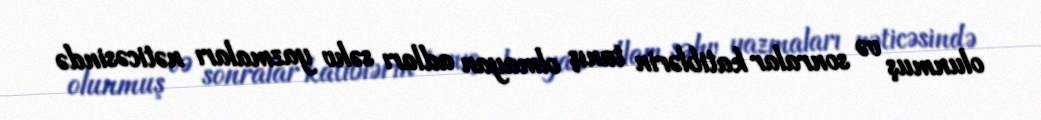
olunmuş və sonralar katiblərin tanış olmayan adları səhv yazmaları nəticəsində